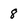
Character: 8